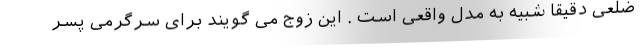
ضلعی دقیقا شبیه به مدل واقعی است . این زوج می گویند برای سرگرمی پسر